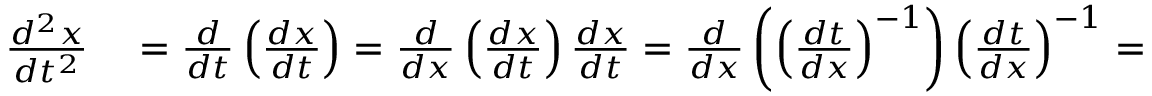
\begin{array} { r l } { { \frac { d ^ { 2 } x } { d t ^ { 2 } } } } & { { } = { \frac { d } { d t } } \left( { \frac { d x } { d t } } \right) = { \frac { d } { d x } } \left( { \frac { d x } { d t } } \right) { \frac { d x } { d t } } = { \frac { d } { d x } } \left( \left( { \frac { d t } { d x } } \right) ^ { - 1 } \right) \left( { \frac { d t } { d x } } \right) ^ { - 1 } = } \end{array}